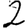
Digit: 2